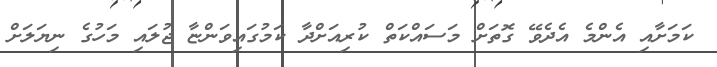
ކަމަށާއި އެންމެ އެދެވޭ ގޮތަށް މަސައްކަތް ކުރިއަށްދާ ކަމުގައިވަންޏާ ޖުލައި މަހުގެ ނިޔަލަށް